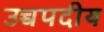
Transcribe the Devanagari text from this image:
उच्चपदीय